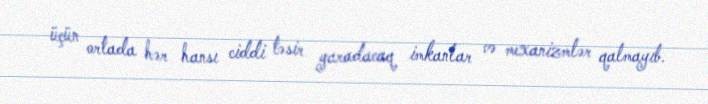
üçün ortada hər hansı ciddi təsir yaradacaq imkanlar və mexanizmlər qalmayıb.